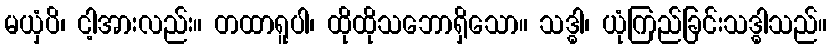
မယှံပိ၊ ငါ့အားလည်း။ တထာရူပါ၊ ထိုထိုသဘောရှိသော။ သဒ္ဓါ၊ ယုံကြည်ခြင်းသဒ္ဓါသည်။